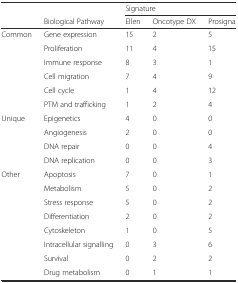
|  |  | <COLSPAN=3> Signature |
 |  | Biological Pathway | Ellen | Oncotype DX | Prosigna |
 | --- | --- | --- | --- | --- |
 | <ROWSPAN=6> Common | Gene expression | 15 | 2 | 5 |
 | Proliferation | 11 | 4 | 15 |
 | Immune response | 8 | 3 | 1 |
 | Cell migration | 7 | 4 | 9 |
 | Cell cycle | 1 | 4 | 12 |
 | PTM and trafficking | 1 | 2 | 4 |
 | <ROWSPAN=4> Unique | Epigenetics | 4 | 0 | 0 |
 | Angiogenesis | 2 | 0 | 0 |
 | DNA repair | 0 | 0 | 4 |
 | DNA replication | 0 | 0 | 3 |
 | <ROWSPAN=8> Other | Apoptosis | 7 | 0 | 1 |
 | Metabolism | 5 | 0 | 2 |
 | Stress response | 5 | 0 | 2 |
 | Differentiation | 2 | 0 | 2 |
 | Cytoskeleton | 1 | 0 | 5 |
 | Intracellular signalling | 0 | 3 | 6 |
 | Survival | 0 | 2 | 2 |
 | Drug metabolism | 0 | 1 | 1 |